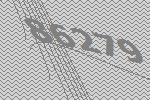
86279